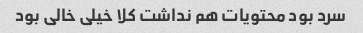
سرد بود محتویات هم نداشت کلا خیلی خالی بود